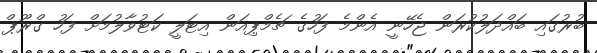
ބުރުގައި ބައްދަލުކުރަން ޖެހޭނީ އެންމެ ފަހުގެ ޗެމްޕިއަން އިޓަލީ ކަޓުވާލުމަށް ފަހު ގްރޫޕް